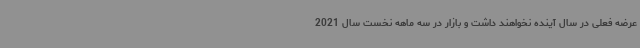
عرضه فعلی در سال آینده نخواهند داشت و بازار در سه ماهه نخست سال 2021